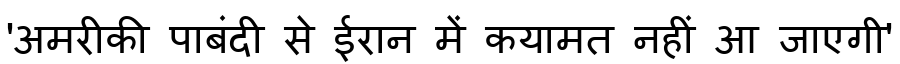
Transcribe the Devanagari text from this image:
'अमरीकी पाबंदी से ईरान में कयामत नहीं आ जाएगी'